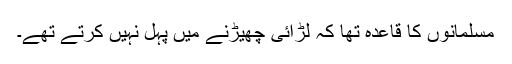
مسلمانوں کا قاعدہ تھا کہ لڑائی چھیڑنے میں پہل نہیں کرتے تھے۔